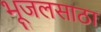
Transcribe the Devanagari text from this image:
भूजलसाठा